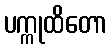
ပက္ကုထိတော